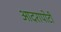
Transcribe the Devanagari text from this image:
आदरापोटी